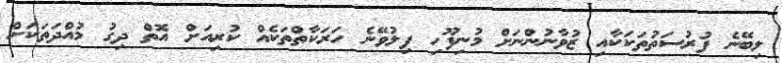
ލިބޭނެ ފުރުސަތުތަކަކާއި ޒުވާނުންނަށް މުނިފޫހި ފިލުވޭނެ ހަރަކާތްތަކެއް ކުރިއަށް އޮތް ދިގު މުއްދަތަކަށް